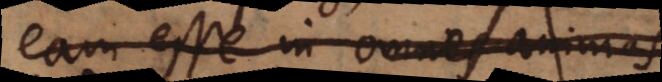
eam esse in omnes animas